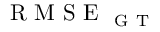
\mathrm { ~ R ~ M ~ S ~ E ~ } _ { \mathrm { ~ G ~ T ~ } }